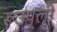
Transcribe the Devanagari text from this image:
रूउपली